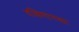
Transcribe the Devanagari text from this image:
दक्षिणारका